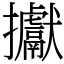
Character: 㩵